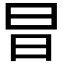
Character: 𭥗